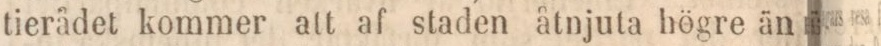
tierådet kommer att af staden åtnjuta högre än